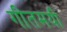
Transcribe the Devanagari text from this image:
गीतमयी